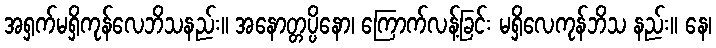
အရှက်မရှိကုန်လေဘိသနည်း။ အနောတ္တပ္ပိနော၊ ကြောက်လန့်ခြင်း မရှိလေကုန်ဘိသ နည်း။ နေ၊